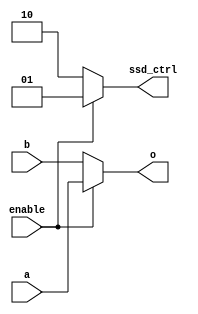
module select(
    input [3:0] a,
    input [3:0] b,
    output [3:0] o,
    output [1:0] ssd_ctrl,
    input enable
    );

reg [3:0] o;
reg [1:0] ssd_ctrl;

always @(a or b or enable)
begin
    if(enable)
    begin
        o[3:0] <= a[3:0];
        ssd_ctrl[1:0] <= 2'b01;
    end
    else
    begin
        o[3:0] <= b[3:0];
        ssd_ctrl[1:0] <= 2'b10;
    end
end

endmodule